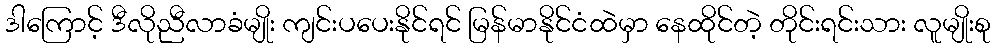
ဒါကြောင့် ဒီလိုညီလာခံမျိုး ကျင်းပပေးနိုင်ရင် မြန်မာနိုင်ငံထဲမှာ နေထိုင်တဲ့ တိုင်းရင်းသား လူမျိုးစု